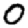
Digit: 0